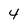
Character: 4